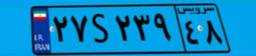
۲۷S۲۳۹۴۸